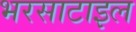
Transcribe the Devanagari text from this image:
भरसाटाइल